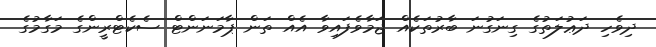
ދިވެހި ދަޢުލަތުގެ ގިނަގުނަ ބާރުތަކެއް ޖަމާވެފައިވާ އެއް ތަން ޕާމަނަންޓް ސެކެޓްރީންގެ މަގާމުގެ